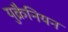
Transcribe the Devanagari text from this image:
युक्रैनियन